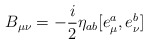
\begin{align*}B_{\mu\nu} = -\frac i2 \eta_{ab} [e^a_{\mu}, e^b_{\nu}]\end{align*}